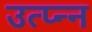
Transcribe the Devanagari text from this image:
उत्प्न्न